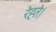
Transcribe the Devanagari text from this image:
रेह्ते।